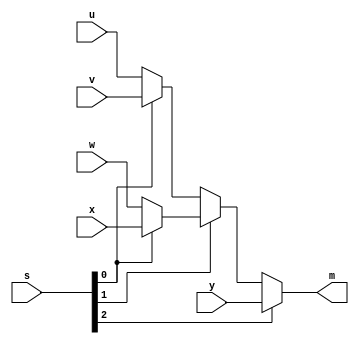
module ex01_a(s, u, v, w, x, y, m);

	parameter MUX_WIDTH = 3;

	input [MUX_WIDTH-1:0] s;
	input u;
	input v;
	input w;
	input x;
	input y;
	output m;

	wire uv;   
	wire wx; 
	wire uvwx_s1; 

	assign uv = s[0] ? v : u ;
	assign wx = s[0] ? x : w ;
	assign uvwx_s1 = s[1] ? wx : uv ;
	assign m = s[2] ? y : uvwx_s1 ;

endmodule


module ex01_b(s, u, v, w, x, y, m);

	parameter MUX_WIDTH = 3;
	parameter DATA_WIDTH = 1;

	input  [MUX_WIDTH-1:0] s;
	input  [DATA_WIDTH-1:0] u;
	input  [DATA_WIDTH-1:0] v;
	input  [DATA_WIDTH-1:0] w;
	input  [DATA_WIDTH-1:0] x;
	input  [DATA_WIDTH-1:0] y;

	output [DATA_WIDTH-1:0] m;

	reg    [DATA_WIDTH-1:0] m;

	always @(*)
	begin
		case(s)
			3'b000: begin
				m = u;
			end
			3'b001: begin
				m = v;
			end
			3'b010: begin
				m = w;
			end
			3'b011: begin
				m = x;
			end
			default: begin
				m = y;
			end
		endcase
	end

endmodule


module ex01_c(s, u, v, w, x, y, m);

	parameter MUX_WIDTH = 3;
	parameter DATA_WIDTH = 3;

	input  [MUX_WIDTH-1:0] s;

	input  [DATA_WIDTH-1:0] u;
	input  [DATA_WIDTH-1:0] v;
	input  [DATA_WIDTH-1:0] w;
	input  [DATA_WIDTH-1:0] x;
	input  [DATA_WIDTH-1:0] y;

	output [DATA_WIDTH-1:0] m;

	reg    [DATA_WIDTH-1:0] m;

	always @(*)
	begin
		case(s)
			3'b000: begin
				m = u;
			end
			3'b001: begin
				m = v;
			end
			3'b010: begin
				m = w;
			end
			3'b011: begin
				m = x;
			end
			default: begin
				m = y;
			end
		endcase
	end

endmodule